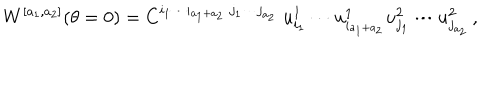
W ^ { [ a _ { 1 } , a _ { 2 } ] } ( \theta = 0 ) = C ^ { i _ { 1 } \cdots i _ { a _ { 1 } + a _ { 2 } } \; j _ { 1 } \cdots j _ { a _ { 2 } } } \; u _ { i _ { 1 } } ^ { 1 } \cdots u _ { i _ { a _ { 1 } + a _ { 2 } } } ^ { 1 } u _ { j _ { 1 } } ^ { 2 } \cdots u _ { j _ { a _ { 2 } } } ^ { 2 } \, ,